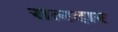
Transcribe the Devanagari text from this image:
रालदार